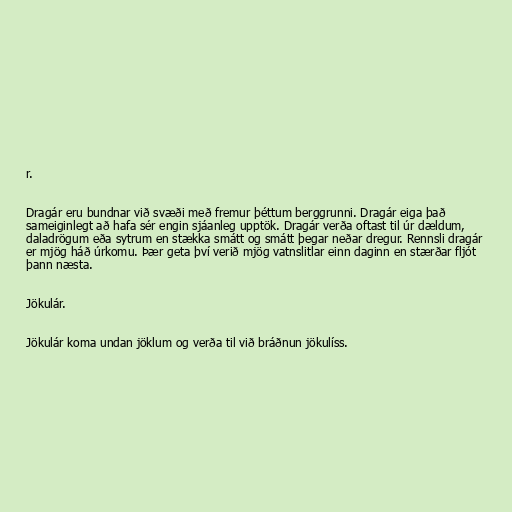
r.

Dragár eru bundnar við svæði með fremur þéttum berggrunni. Dragár eiga það
sameiginlegt að hafa sér engin sjáanleg upptök. Dragár verða oftast til úr dældum,
daladrögum eða sytrum en stækka smátt og smátt þegar neðar dregur. Rennsli dragár
er mjög háð úrkomu. Þær geta því verið mjög vatnslitlar einn daginn en stærðar fljót
þann næsta.

Jökulár.

Jökulár koma undan jöklum og verða til við bráðnun jökulíss.